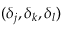
( \delta _ { j } , \delta _ { k } , \delta _ { l } )